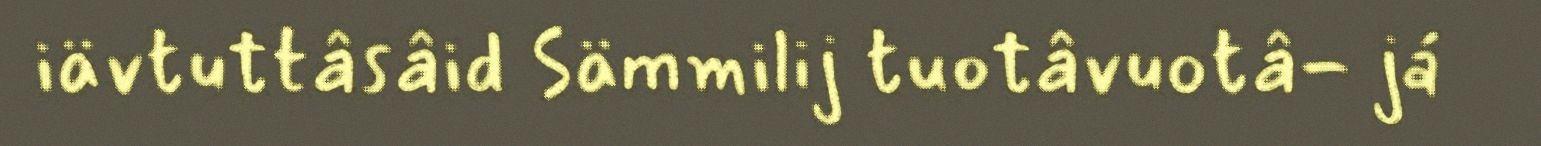
iävtuttâsâid Sämmilij tuotâvuotâ- já